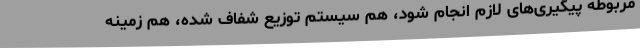
مربوطه پیگیری‌های لازم انجام شود، هم سیستم توزیع شفاف شده، هم زمینه